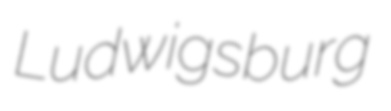
Ludwigsburg